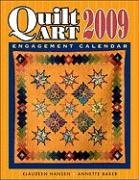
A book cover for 2009 Quilt Art Engagement Calendar; Klaudeen Hansen; Calendars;